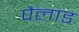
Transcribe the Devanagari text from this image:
पैलाड